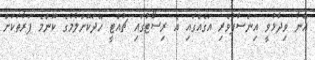
އޭނާ ވިދާޅުވީ އިންސާފުވެރި އަގެއްގައި އެ ރިސޯޓުގައި ޗުއްޓީ ހޭދަކޮށްލުމުގެ ކޮންމެ ފަރާތަކަށް